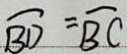
\overline { B D } = \overline { B C }